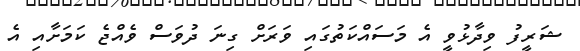
ޝަރީފު ވިދާޅުވީ އެ މަސައްކަތުގައި ވަރަށް ގިނަ ދުވަސް ވެއްޖެ ކަމަށާއި އެ